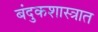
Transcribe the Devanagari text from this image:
बंदुकशास्त्रात